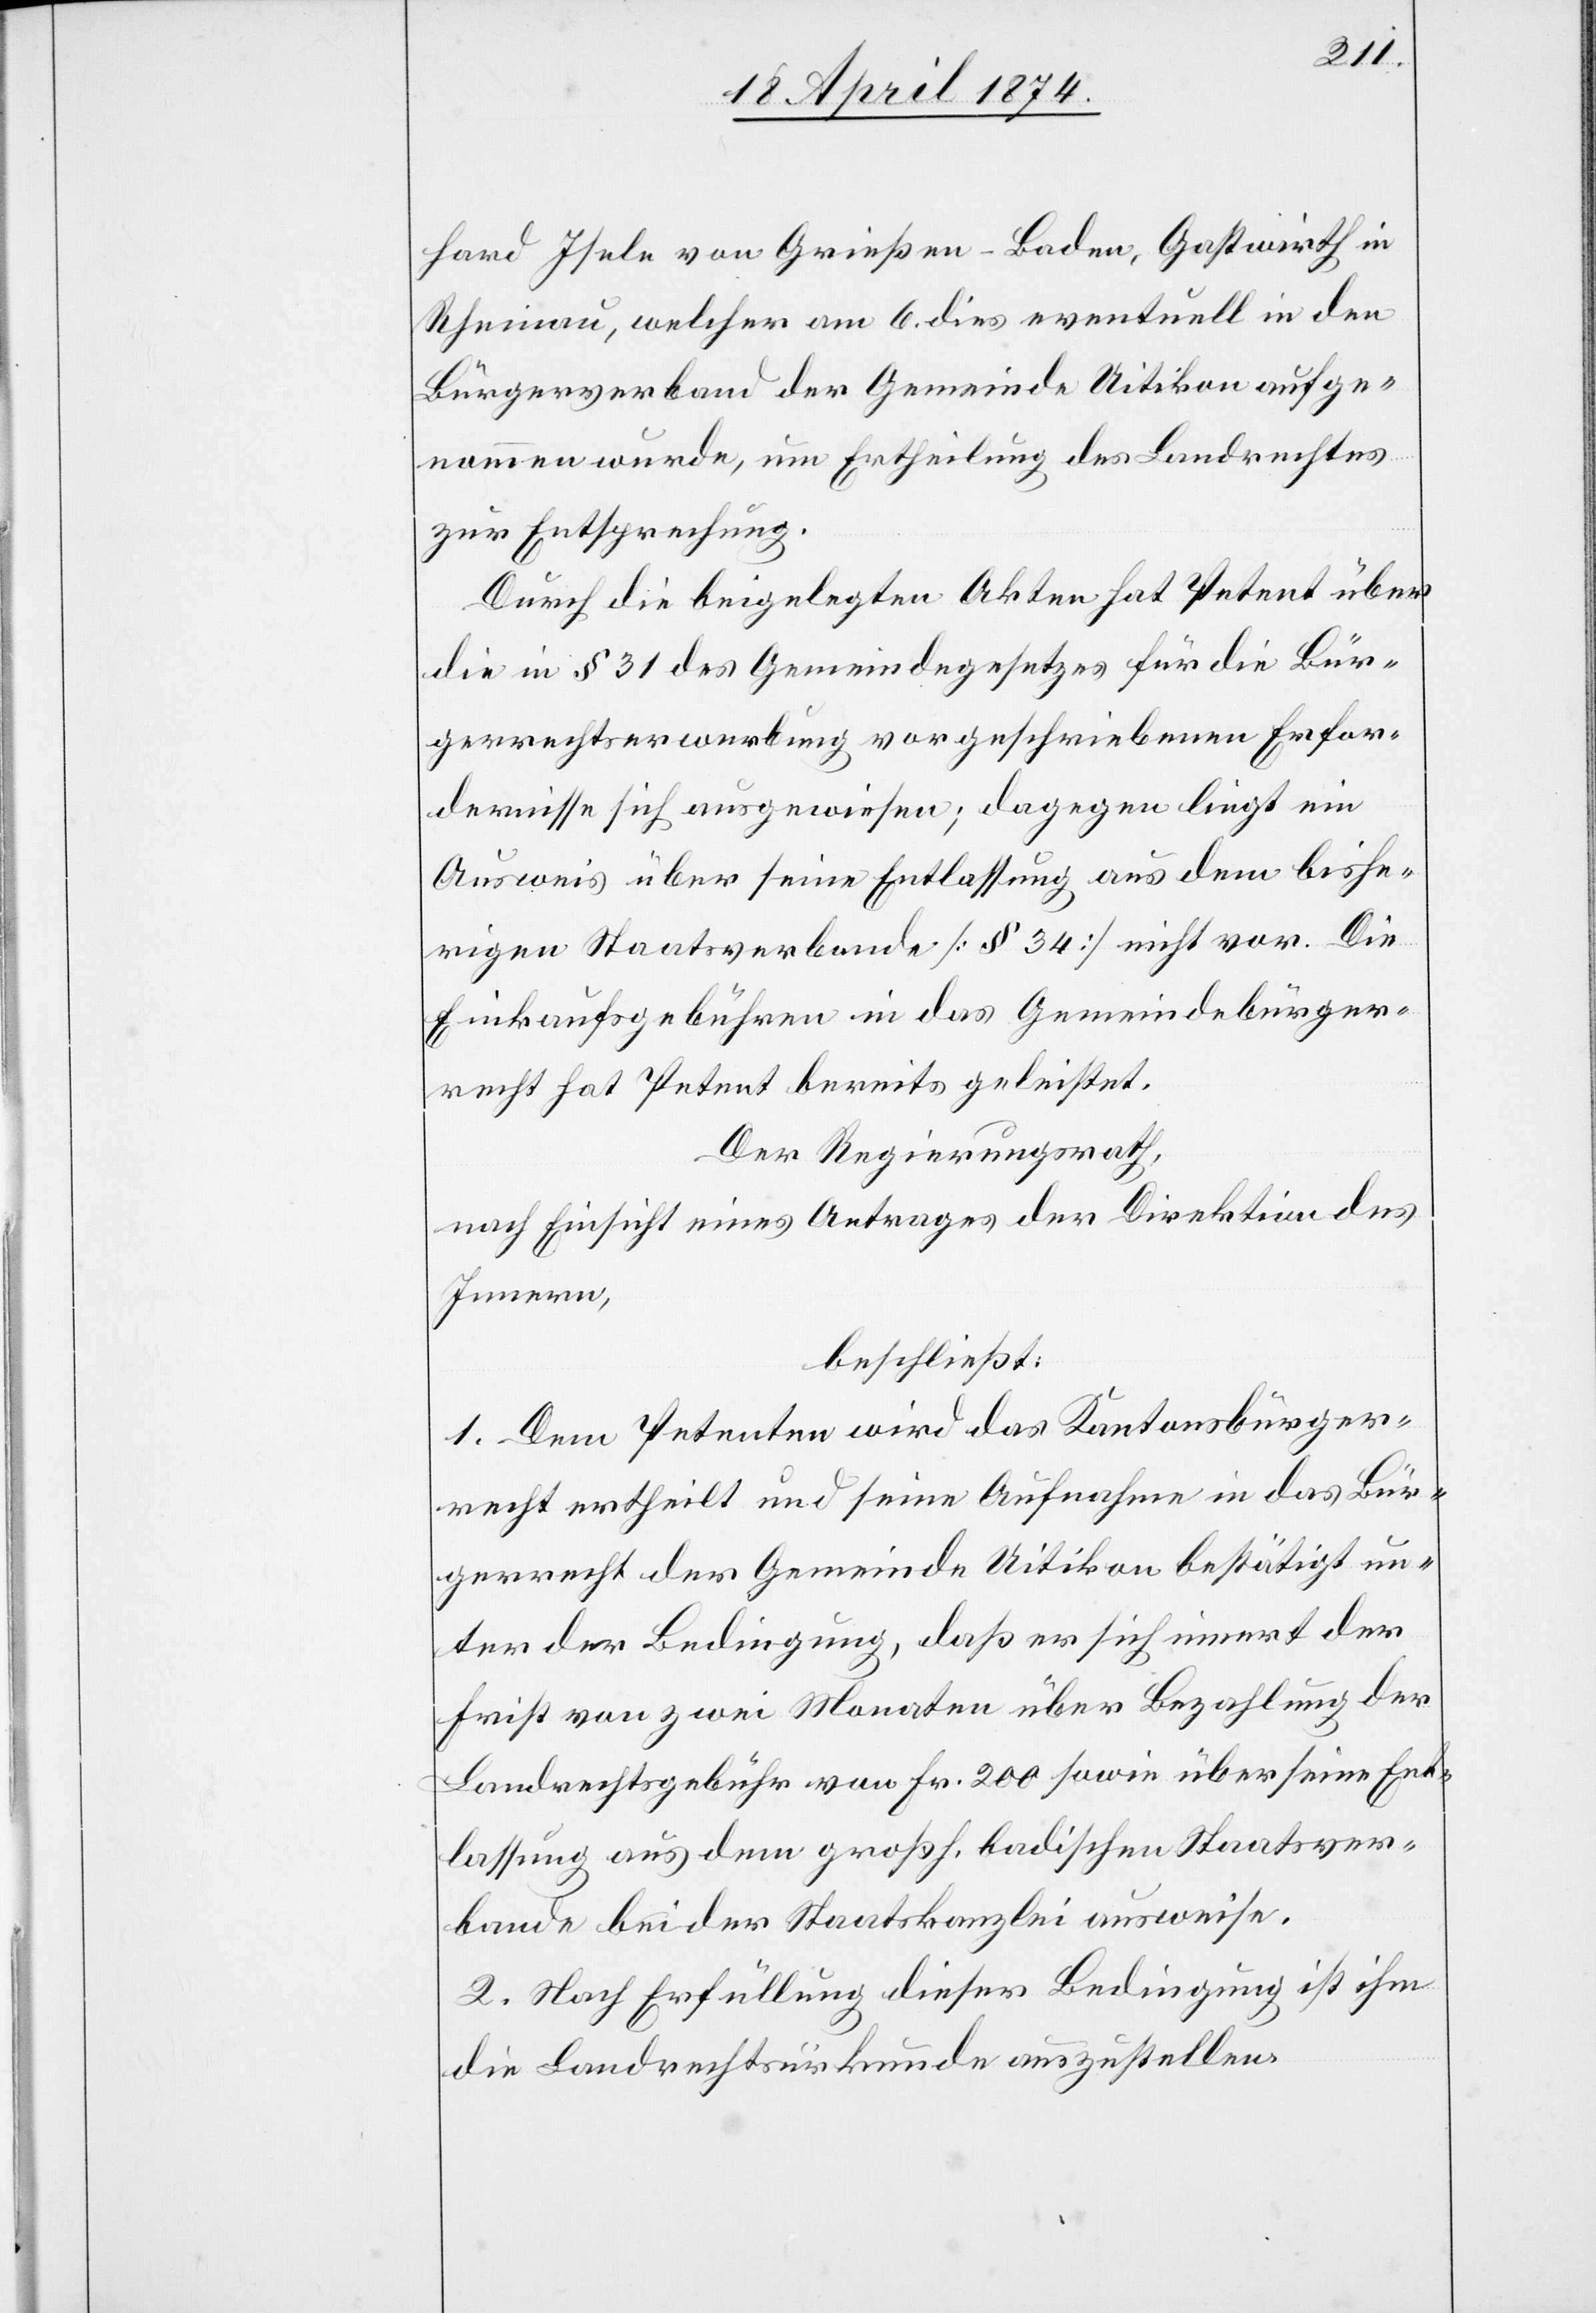
hard Isele von Grießen-Baden, Gastwirth in
Rheinau, welcher am 6. dies eventuell in den
Bürgerverband der Gemeinde Uitikon aufge¬
nommen wurde, um Ertheilung des Landrechtes
zur Entsprechung.
Durch die beigelegten Akten hat Petent über
die in § 31 des Gemeindegesetzes für die Bür¬
gerrechtserwerbung vorgeschriebenen Erfor¬
dernisse sich ausgewiesen; dagegen liegt ein
Ausweis über seine Entlassung aus dem bishe¬
rigen Staatsverbande [§ 34] nicht vor. Die
Einkaufsgebühren in das Gemeindebürger¬
recht hat Petent bereits geleistet.
Der Regierungsrath,
nach Einsicht eines Antrages der Direktion des
Innern,
beschließt:
1. Dem Petenten wird das Kantonsbürger¬
recht ertheilt und seine Aufnahme in das Bür¬
gerrecht der Gemeinde Uitikon bestätigt un¬
ter der Bedingung, daß er sich innert der
Frist von zwei Monaten über Bezahlung der
Landrechtsgebühr von Fr. 200 sowie über seine Ent¬
lassung aus dem großh. badischen Staatsver¬
bande bei der Staatskanzlei ausweise.
2. Nach Erfüllung dieser Bedingung ist ihm
die Landrechtsurkunde auszustellen.